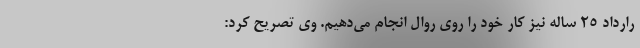
رارداد ۲۵ ساله نیز کار خود را روی روال انجام می‌دهیم. وی تصریح کرد: